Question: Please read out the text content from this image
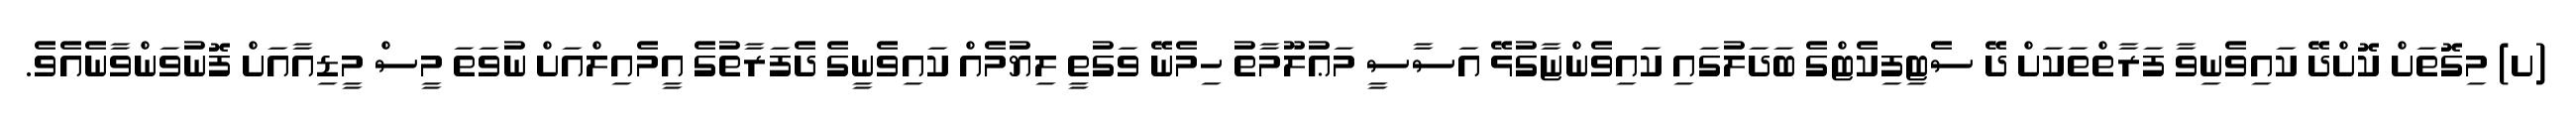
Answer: (ށ) މިގޮތަށް ކޮށްދޭ ކައިވެނިވާ ފަރާތްތަކަށް ދޭ ސެޓިފިކެޓްގެ ބަދަލުގައި ކައިވެންޏާގުޅޭ އަސާސީ މަޢުލޫމާތު ހިމެނޭ ވަގުތީ ލިޔުމެއް ކައިވެނީގެ ދެފަރާތުގެ އީމެއިލްއަށް ނުވަތަ މީސް މީޑިއާއަށް ފޮނުވަންވާނެއެވެ.